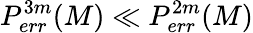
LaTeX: P_{err}^{3m}(M)\ll P_{err}^{2m}(M)